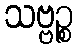
သဗ္ဗဉ္စ